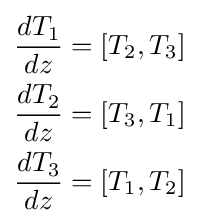
{\begin{aligned}{\frac {dT_{1}}{dz}}&=[T_{2},T_{3}]\\{\frac {dT_{2}}{dz}}&=[T_{3},T_{1}]\\{\frac {dT_{3}}{dz}}&=[T_{1},T_{2}]\end{aligned}}